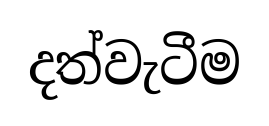
දත්වැටීම